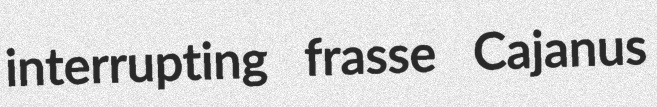
interrupting frasse Cajanus